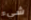
شيء